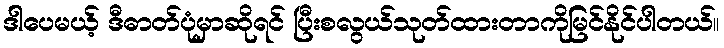
ဒါပေမယ့် ဒီဓာတ်ပုံမှာဆိုရင် ပြီးစလွယ်သုတ်ထားတာကိုမြင်နိုင်ပါတယ်။